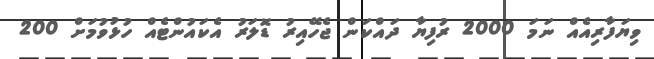
ވިޔަފާރިއެއް ނަމަ 2000 ރުފިޔާ ދައްކަން ޖެހޭއިރު ޑޮލަރު އެކައުންޓެއް ހުޅުވުމަށް 200